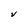
Character: V